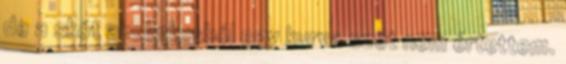
de a skót akcentusból egy kurva szót nem értettem.